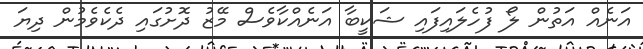
އަނެއް އަތުން ލޯ ފުހެލައިފައި ޝަކީބާ އަނެއްކާވެސް މޭޒު ދޮށުގައި ދެކެވެމުން ދިޔަ